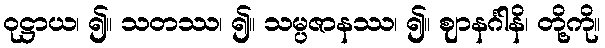
ဝုဋ္ဌာယ၊ ၍။ သတဿ၊ ၍။ သမ္ပဇာနဿ၊ ၍။ ဈာနင်္ဂါနိ၊ တို့ကို။